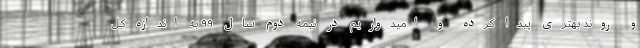
و روند بهتری پیدا کرده و امیدواریم در نیمه دوم سال ۹۹ به اندازه کل